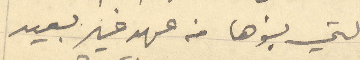
التي بنوها من عهد غير بعيد